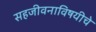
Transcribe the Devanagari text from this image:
सहजीवनाविषयीचे